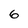
Character: 6